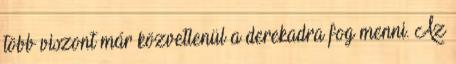
több viszont már közvetlenül a derekadra fog menni. Az